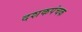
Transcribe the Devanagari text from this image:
दशकपंचक